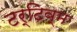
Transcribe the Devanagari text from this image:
टर्टिव्म